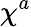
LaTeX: \chi^{a}